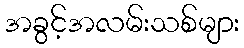
အခွင့်အလမ်းသစ်များ